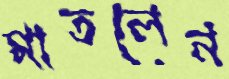
মাতলেন